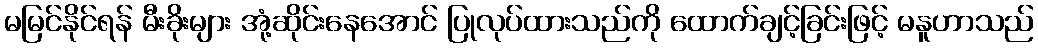
မမြင်နိုင်ရန် မီးခိုးများ အုံ့ဆိုင်းနေအောင် ပြုလုပ်ထားသည်ကို ထောက်ချင့်ခြင်းဖြင့် မနူဟာသည်